Vana-Vandra_vallavalitsus, lk 43
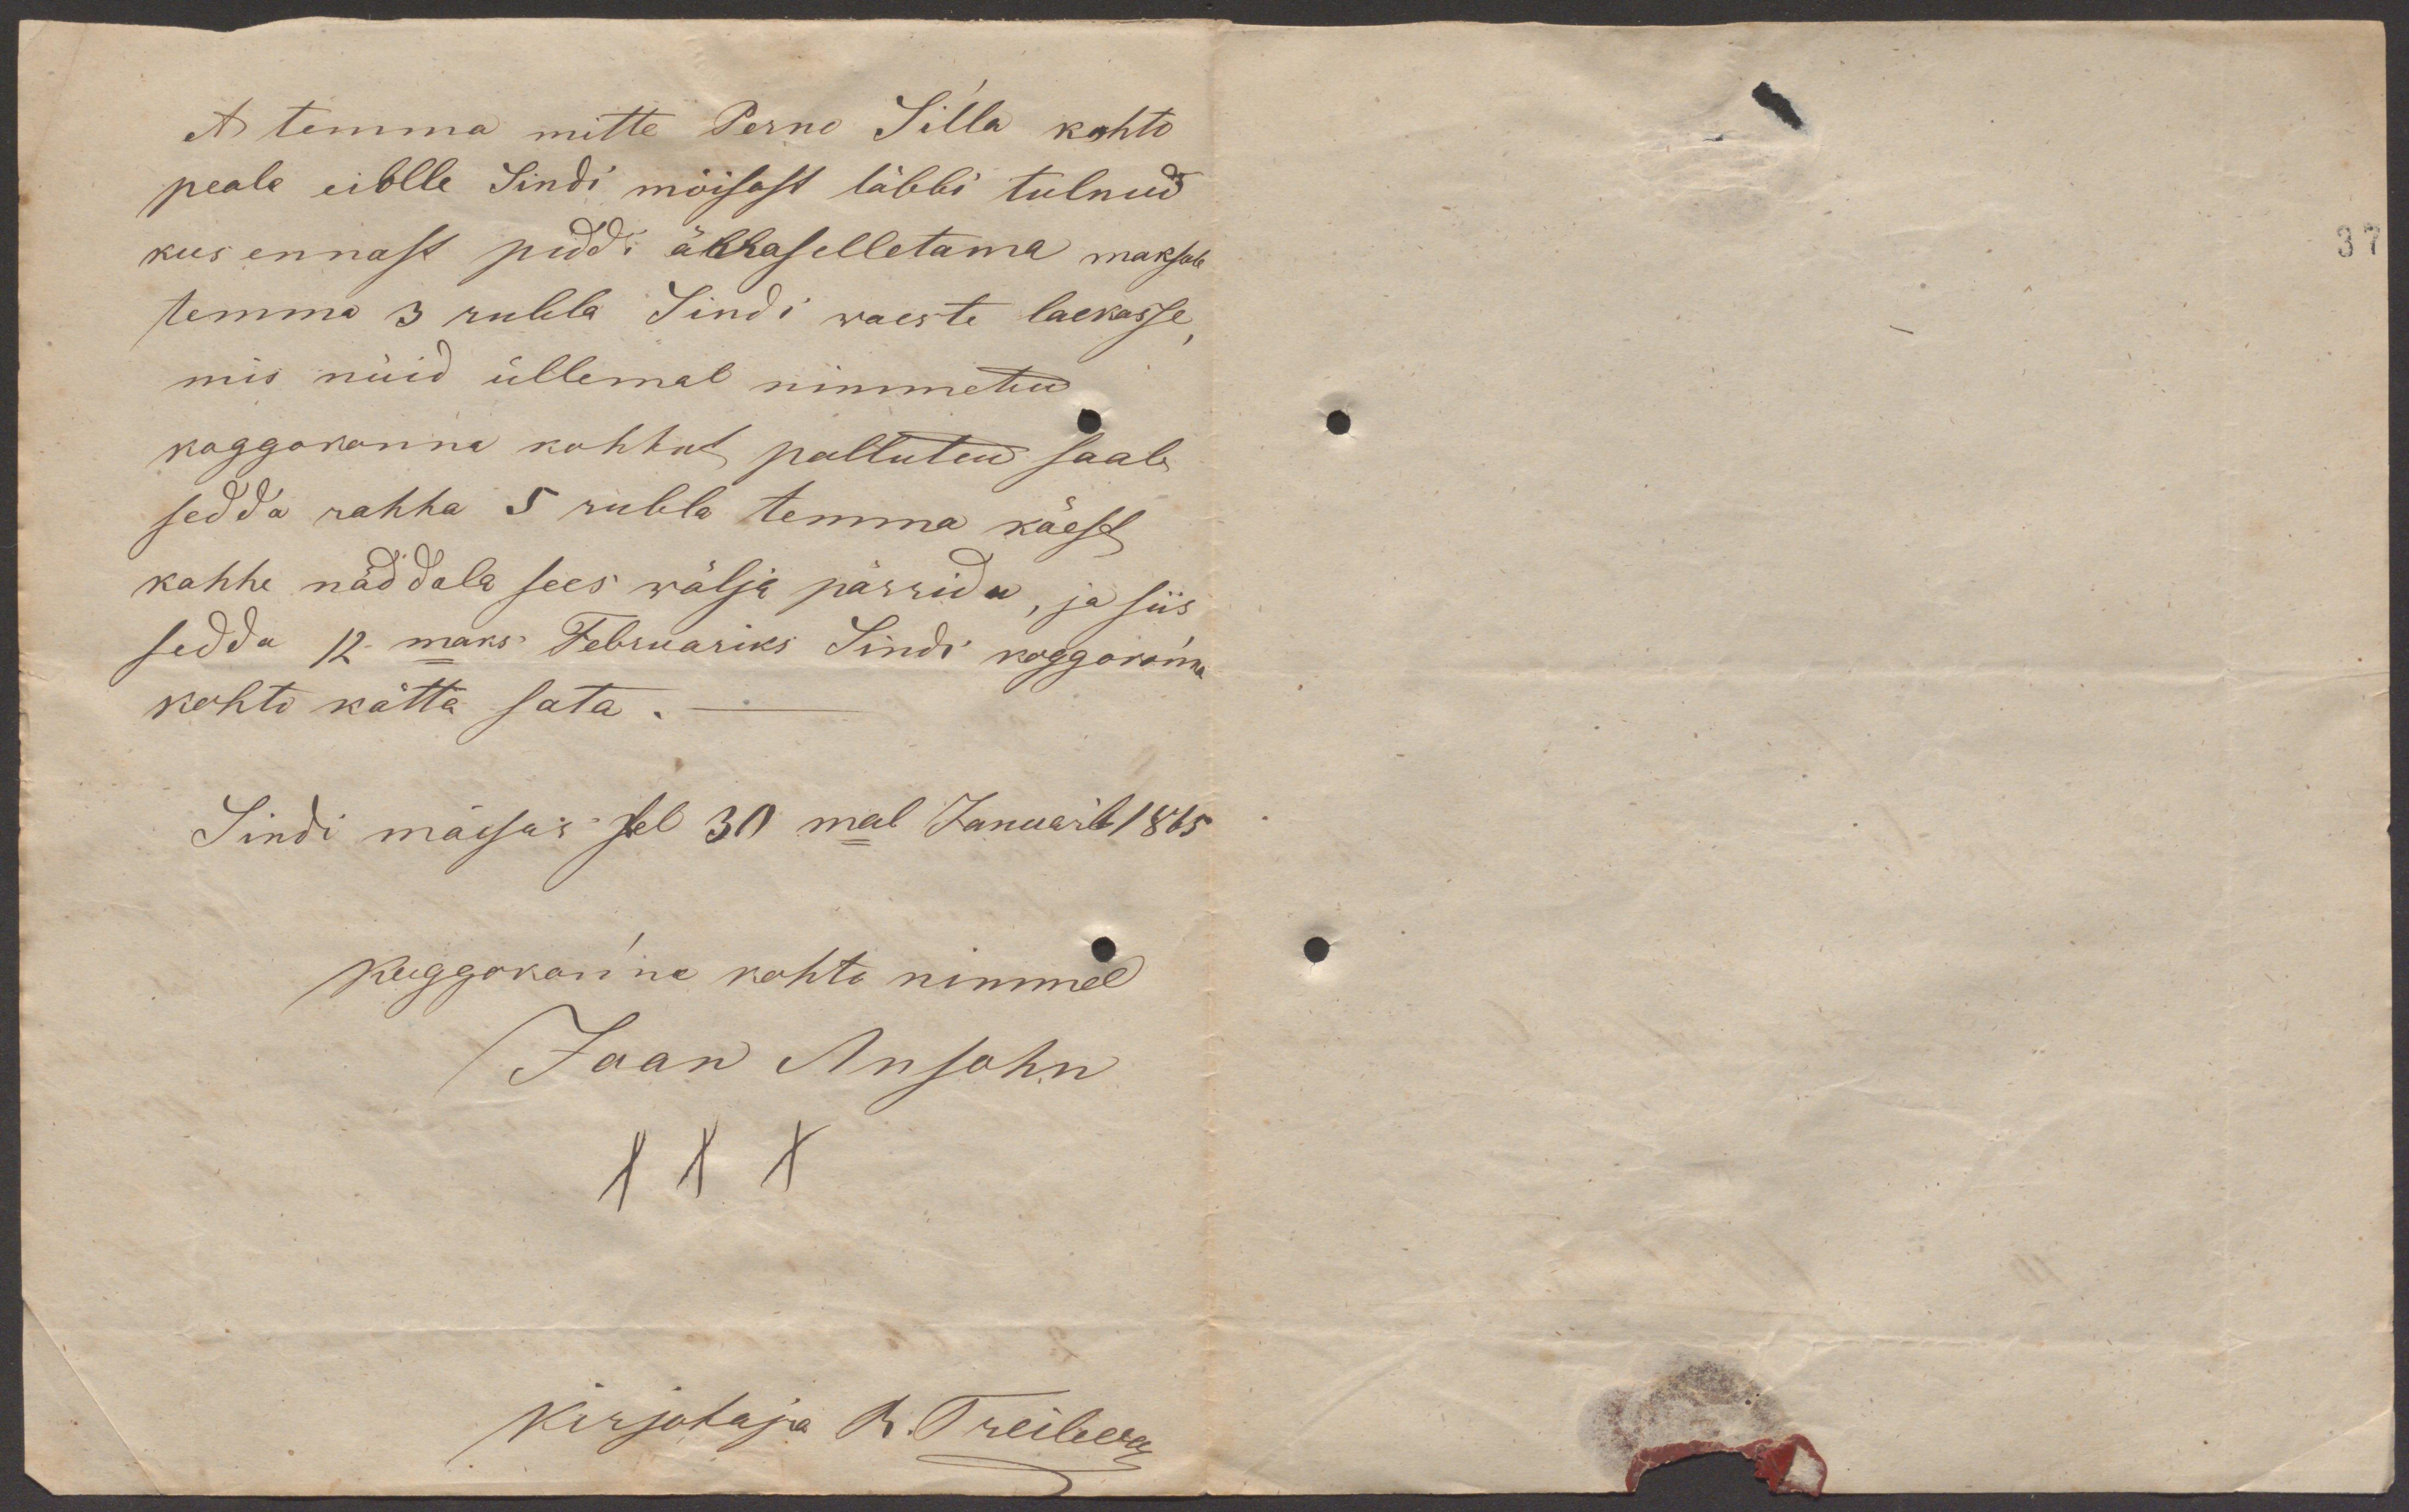
et temma mitte Perno Silla kohto
peale eiblle Sindi mõisast läbbi tulnud,
kus ennast piddi ärraselletama maksab
temma 3 rubla Sindi waeste laekasse,
mis nüid üllemal nimmetud
koggokonna kohtus pallutud saab
sedda rahha 5 rubla temma käest
kahhe näddala sees wälja pärrida, ja siis
sedda 12maks Februariks Sindi koggokonna
kohto kätta sata.
Sindi mõisas sel 30mal Januaril 1865
Koggokonna kohto nimmel
Jaan Ansohn
XXX
Kirjutaja R. Treiberg

37